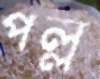
পল্ল